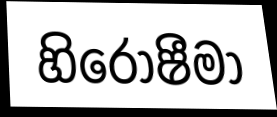
හිරෝෂීමා